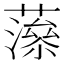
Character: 𧀉